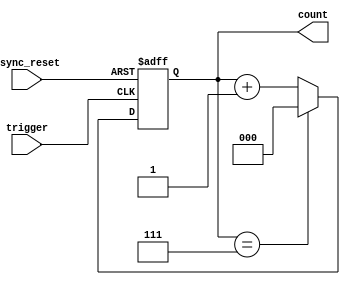
module mod_n_async_counter #(
    parameter N = 8  // Maximum count value
) (
    input wire trigger,       // External trigger input
    input wire async_reset,   // Asynchronous reset input
    output reg [2:0] count    // Output count value (3 bits for N=8)
);

    // Internal variable to hold the next state
    reg [2:0] next_count;

    // Asynchronous reset and count logic
    always @(posedge trigger or posedge async_reset) begin
        if (async_reset) begin
            count <= 3'b000;  // Reset count to 0
        end else begin
            count <= next_count;  // Update count to next state
        end
    end

    // Next state logic
    always @(*) begin
        if (count == (N-1)) begin
            next_count = 3'b000;  // Wrap around to 0
        end else begin
            next_count = count + 1;  // Increment count
        end
    end

endmodule